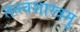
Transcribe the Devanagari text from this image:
तत्त्वशास्त्रमु